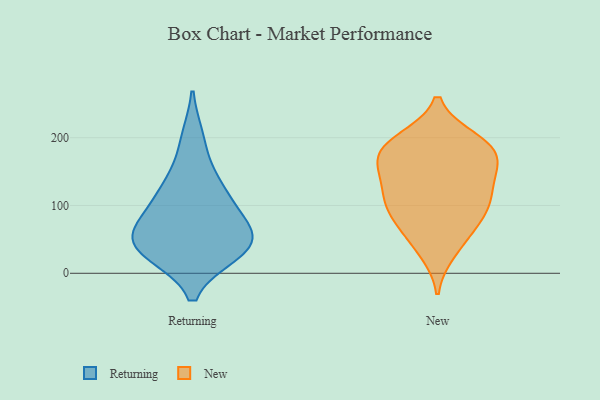
{"axis": {"x": "Operating Costs (USD K)", "y": "Value"}, "legend": ["New", "Returning"], "data": [{"x": "", "y": 33, "type": "Returning"}, {"x": "", "y": 110, "type": "Returning"}, {"x": "", "y": 46, "type": "Returning"}, {"x": "", "y": 54, "type": "Returning"}, {"x": "", "y": 70, "type": "Returning"}, {"x": "", "y": 198, "type": "Returning"}, {"x": "", "y": 140, "type": "Returning"}, {"x": "", "y": 30, "type": "Returning"}, {"x": "", "y": 33, "type": "Returning"}, {"x": "", "y": 68, "type": "Returning"}, {"x": "", "y": 113, "type": "Returning"}, {"x": "", "y": 119, "type": "New"}, {"x": "", "y": 104, "type": "New"}, {"x": "", "y": 176, "type": "New"}, {"x": "", "y": 32, "type": "New"}, {"x": "", "y": 145, "type": "New"}, {"x": "", "y": 90, "type": "New"}, {"x": "", "y": 160, "type": "New"}, {"x": "", "y": 165, "type": "New"}, {"x": "", "y": 49, "type": "New"}, {"x": "", "y": 110, "type": "New"}, {"x": "", "y": 193, "type": "New"}, {"x": "", "y": 197, "type": "New"}, {"x": "", "y": 72, "type": "New"}, {"x": "", "y": 184, "type": "New"}, {"x": "", "y": 88, "type": "New"}, {"x": "", "y": 189, "type": "New"}, {"x": "", "y": 137, "type": "New"}]}